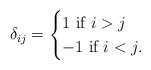
LaTeX: \begin{align*} \delta_{ij}=\begin{cases} 1\textrm{ if }i>j \\ -1\textrm{ if }i<j. \end{cases} \end{align*}